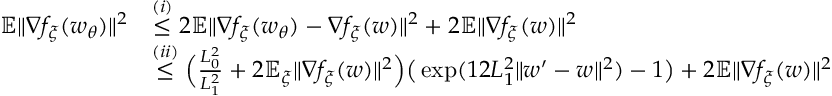
\begin{array} { r l } { \mathbb { E } \| \nabla f _ { \xi } ( w _ { \theta } ) \| ^ { 2 } } & { \overset { ( i ) } { \le } 2 \mathbb { E } \| \nabla f _ { \xi } ( w _ { \theta } ) - \nabla f _ { \xi } ( w ) \| ^ { 2 } + 2 \mathbb { E } \| \nabla f _ { \xi } ( w ) \| ^ { 2 } } \\ & { \overset { ( i i ) } { \le } \Big ( \frac { L _ { 0 } ^ { 2 } } { L _ { 1 } ^ { 2 } } + 2 \mathbb { E } _ { \xi } \| \nabla f _ { \xi } ( w ) \| ^ { 2 } \Big ) \big ( \exp ( 1 2 L _ { 1 } ^ { 2 } \| w ^ { \prime } - w \| ^ { 2 } ) - 1 \big ) + 2 \mathbb { E } \| \nabla f _ { \xi } ( w ) \| ^ { 2 } } \end{array}